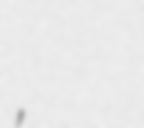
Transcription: ,